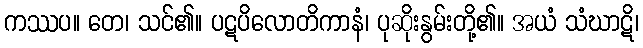
ကဿပ။ တေ၊ သင်၏။ ပဋပိလောတိကာနံ၊ ပုဆိုးနွမ်းတို့၏။ အယံ သံဃာဋိ၊